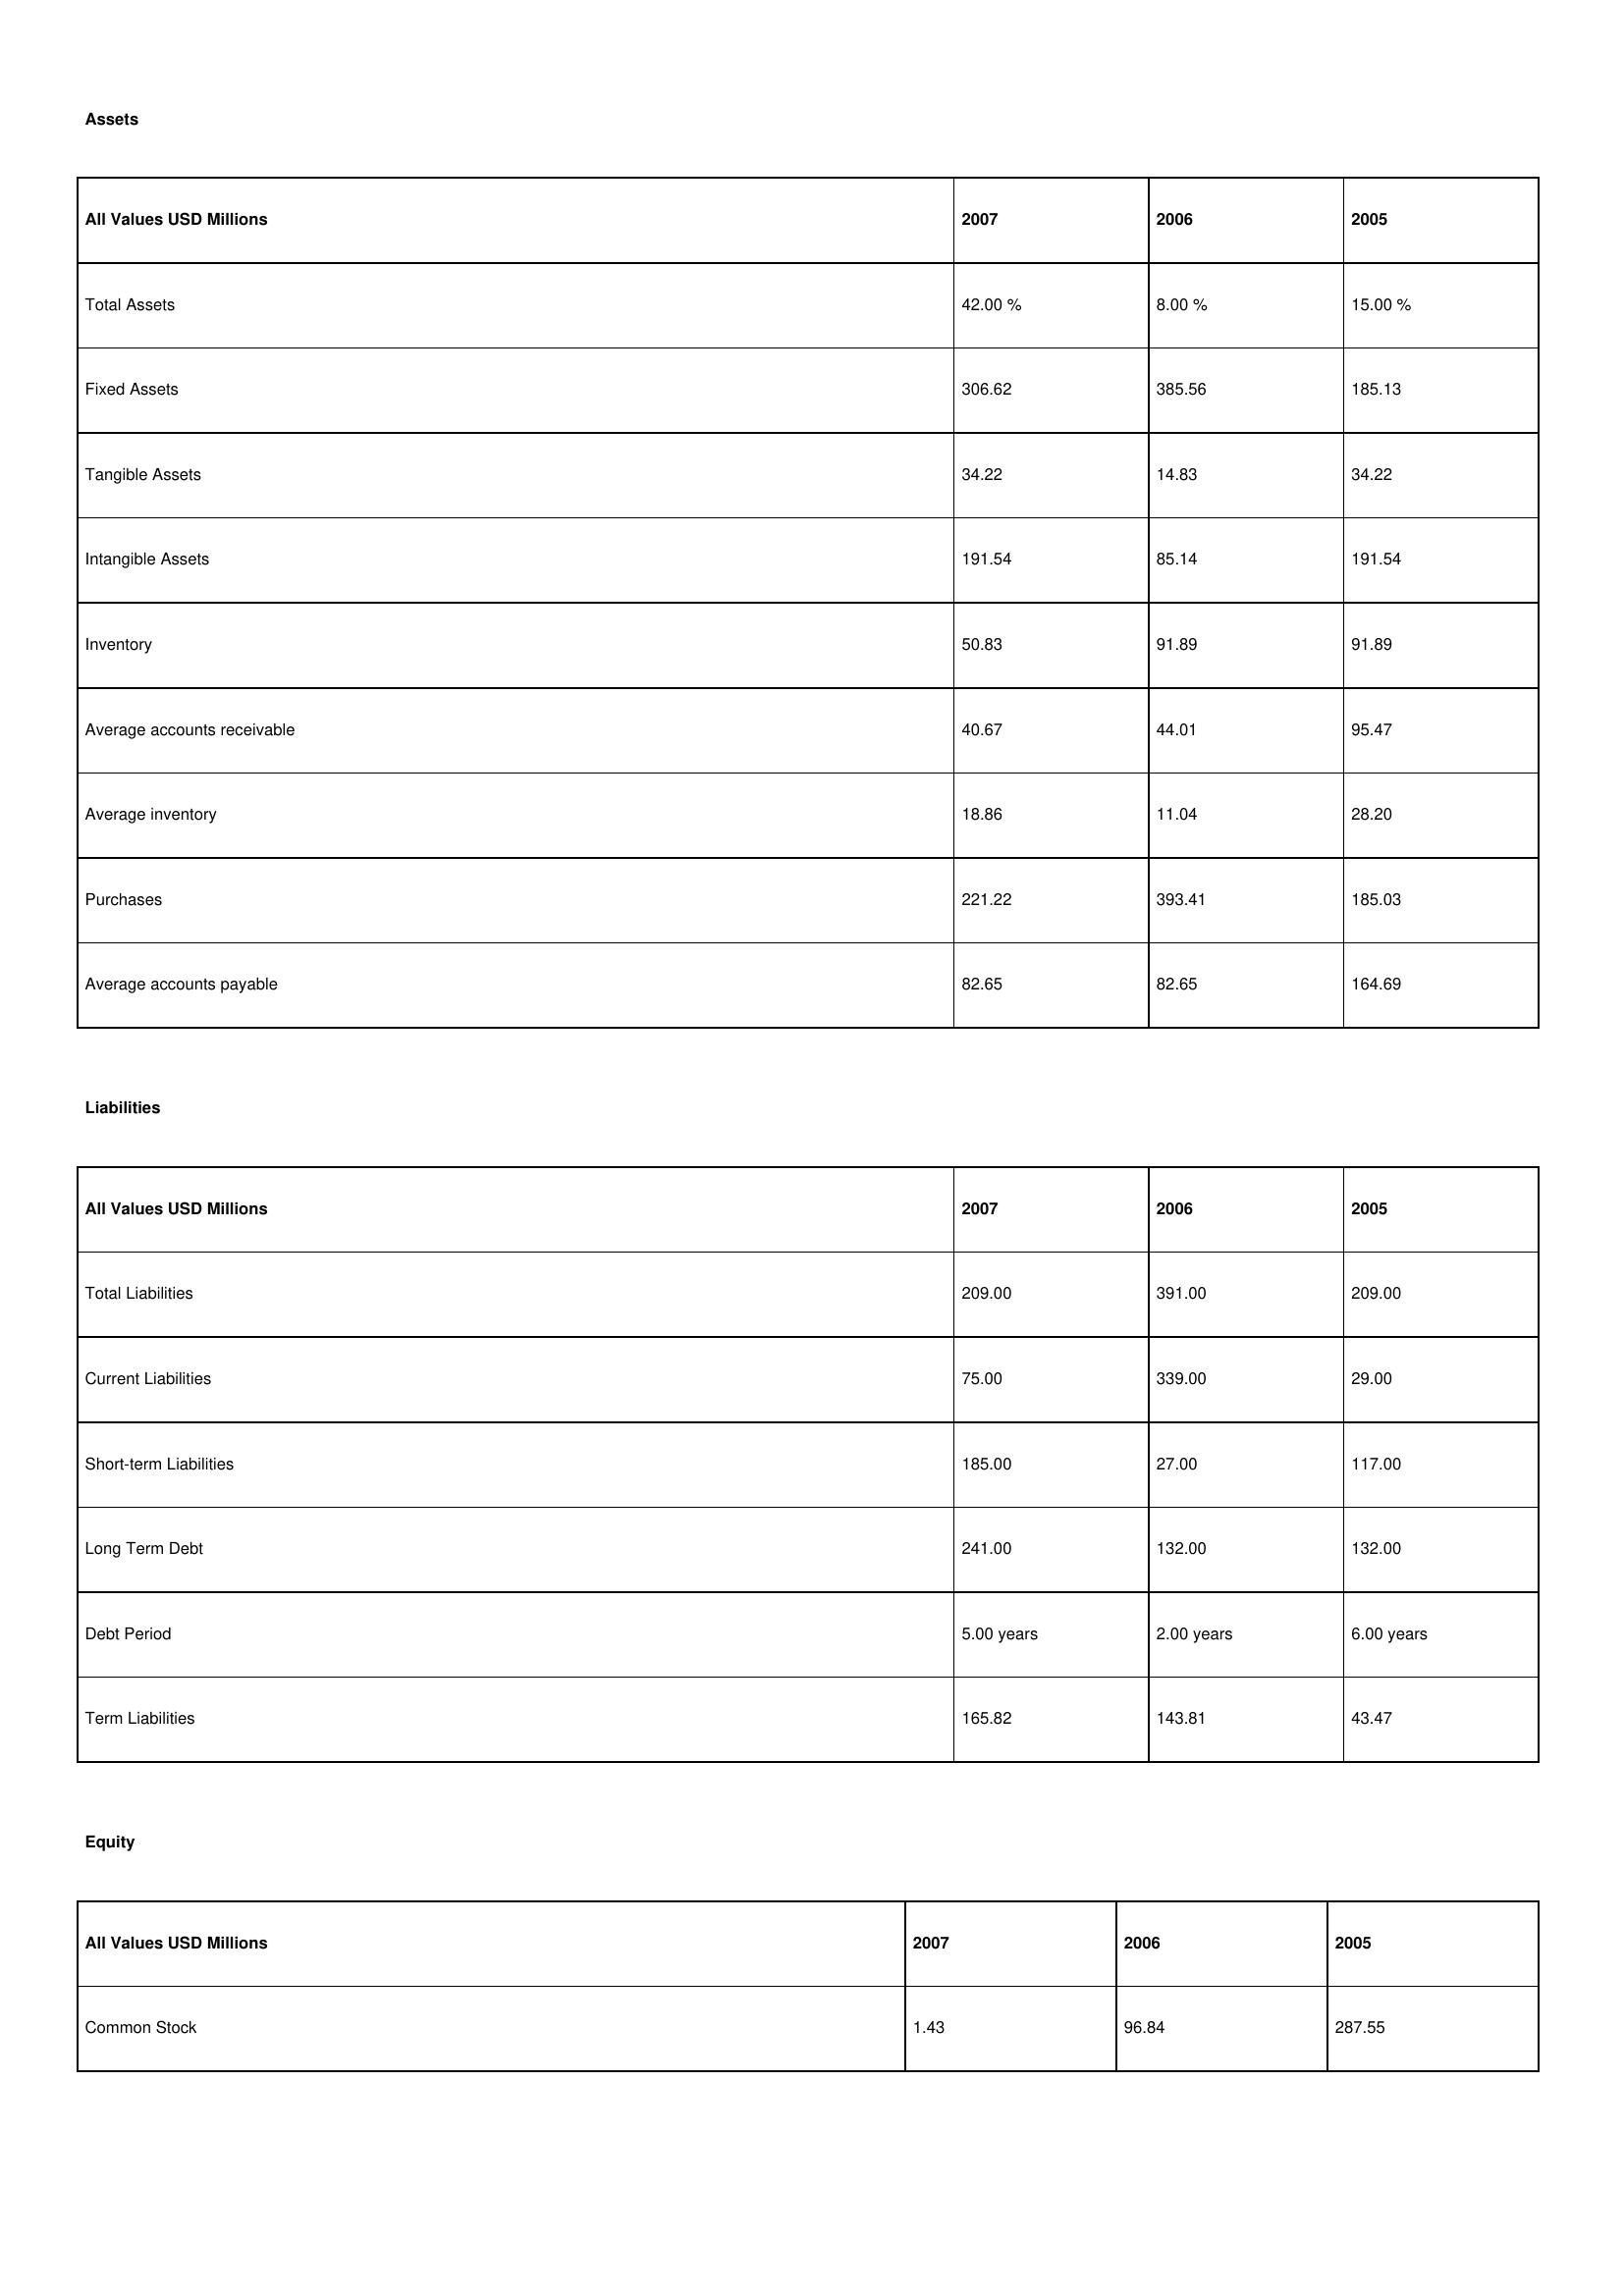
gt_parse: 2007: Assets: Total Assets: 42.00 %
Fixed Assets: 306.62
Tangible Assets: 34.22
Intangible Assets: 191.54
Inventory: 50.83
Average accounts receivable: 40.67
Average inventory: 18.86
Purchases: 221.22
Average accounts payable: 82.65
Liabilities: Total Liabilities: 209.00
Current Liabilities: 75.00
Short-term Liabilities: 185.00
Long Term Debt: 241.00
Debt Period: 5.00 years
Term Liabilities: 165.82
Equity: Common Stock: 1.43
2006: Assets: Total Assets: 8.00 %
Fixed Assets: 385.56
Tangible Assets: 14.83
Intangible Assets: 85.14
Inventory: 91.89
Average accounts receivable: 44.01
Average inventory: 11.04
Purchases: 393.41
Average accounts payable: 82.65
Liabilities: Total Liabilities: 391.00
Current Liabilities: 339.00
Short-term Liabilities: 27.00
Long Term Debt: 132.00
Debt Period: 2.00 years
Term Liabilities: 143.81
Equity: Common Stock: 96.84
2005: Assets: Total Assets: 15.00 %
Fixed Assets: 185.13
Tangible Assets: 34.22
Intangible Assets: 191.54
Inventory: 91.89
Average accounts receivable: 95.47
Average inventory: 28.20
Purchases: 185.03
Average accounts payable: 164.69
Liabilities: Total Liabilities: 209.00
Current Liabilities: 29.00
Short-term Liabilities: 117.00
Long Term Debt: 132.00
Debt Period: 6.00 years
Term Liabilities: 43.47
Equity: Common Stock: 287.55